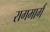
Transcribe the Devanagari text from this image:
रागमार्ग